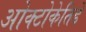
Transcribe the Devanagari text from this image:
ओक्टोकेतिडे